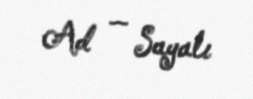
Ad — Sayalı